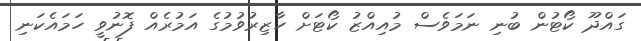
ގައްދޫ ކޯޓުން ބުނި ނަމަވެސް މުއިއްޒު ކޯޓަށް ހާޒިރުވުމުގެ އަމުރެއް ފޮނުވީ ހަމައެކަނި